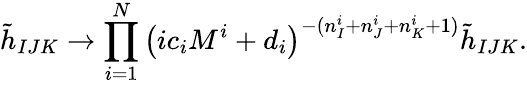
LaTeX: \tilde{h}_{IJK}\rightarrow\prod_{i=1}^{N}\left(ic_{i}M^{i}+d_{i}\right)^{-(n_{I}^{i}+n_{J}^{i}+n_{K}^{i}+1)}\tilde{h}_{IJK}.